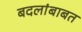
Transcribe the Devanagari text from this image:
बदलांबाबत